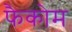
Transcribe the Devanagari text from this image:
फैकोम